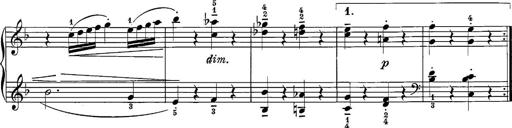
Title: 12 Sonatine per Pianoforte
Composer: Friedrich Kuhlau